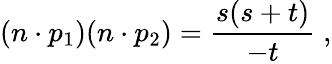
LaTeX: (n\cdot p_{1})(n\cdot p_{2})=\frac{s(s+t)}{-t}\; ,